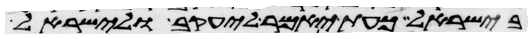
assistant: בישראל כעת יאמר ליעקב ולישראל